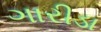
ગારીડા